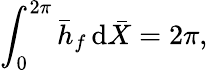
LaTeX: \int_{0}^{2\pi}\bar{h}_{f}\, \mathrm{d}\bar{X}=2\pi,